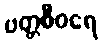
ပတ္တစီဝရေ